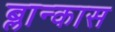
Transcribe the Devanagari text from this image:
ब्लान्कास